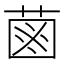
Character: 𦳊